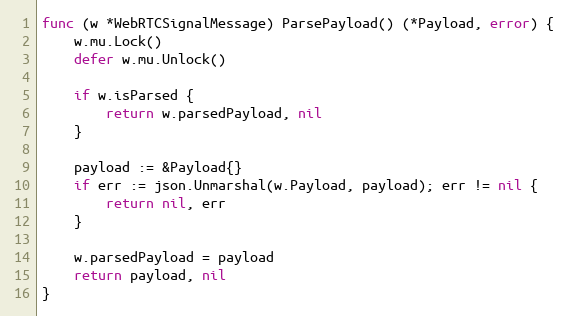
Language: Go
func (w *WebRTCSignalMessage) ParsePayload() (*Payload, error) {
	w.mu.Lock()
	defer w.mu.Unlock()

	if w.isParsed {
		return w.parsedPayload, nil
	}

	payload := &Payload{}
	if err := json.Unmarshal(w.Payload, payload); err != nil {
		return nil, err
	}

	w.parsedPayload = payload
	return payload, nil
}